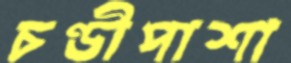
চণ্ডীপাশা